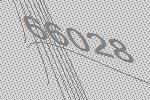
66028